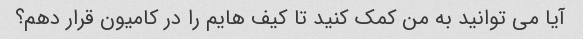
آیا می توانید به من کمک کنید تا کیف هایم را در کامیون قرار دهم؟